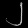
Digit: ၂